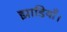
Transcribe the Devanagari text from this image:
झाडियाँ।